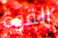
القوة